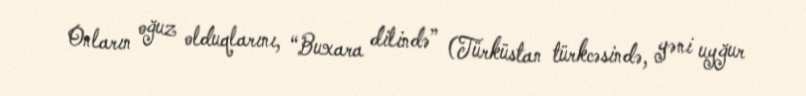
Onların oğuz olduqlarını, “Buxara dilində” (Türküstan türkcəsində, yəni uyğur